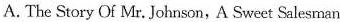
A.The Story Of Mr.Johnson,A Sweet Salesman